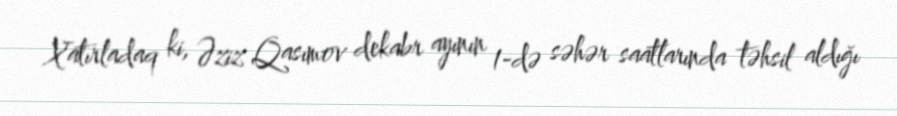
Xatırladaq ki, Əziz Qasımov dekabr ayının 1-də səhər saatlarında təhsil aldığı